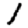
Digit: 1